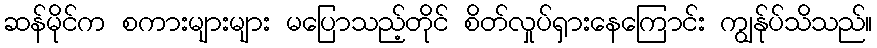
ဆန်မိုင်က စကားများများ မပြောသည့်တိုင် စိတ်လှုပ်ရှားနေကြောင်း ကျွန်ုပ်သိသည်။